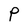
Character: P